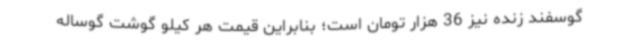
گوسفند زنده نیز 36 هزار تومان است؛ بنابراین قیمت هر کیلو گوشت گوساله